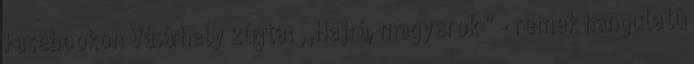
Facebookon Vásárhely zúgta: ,,Hajrá, magyarok " - remek hangulatú